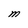
Character: M